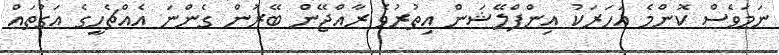
ނަމަވެސް ކޮންމެ އަހަރަކު އިންފްލޭޝަން އިތުރުވެ ރާއްޖޭން ބޭރުން ގެންނަ އެއްޗެހީގެ އަގުތައް